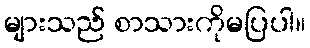
များသည် စာသားကိုမပြပါ။